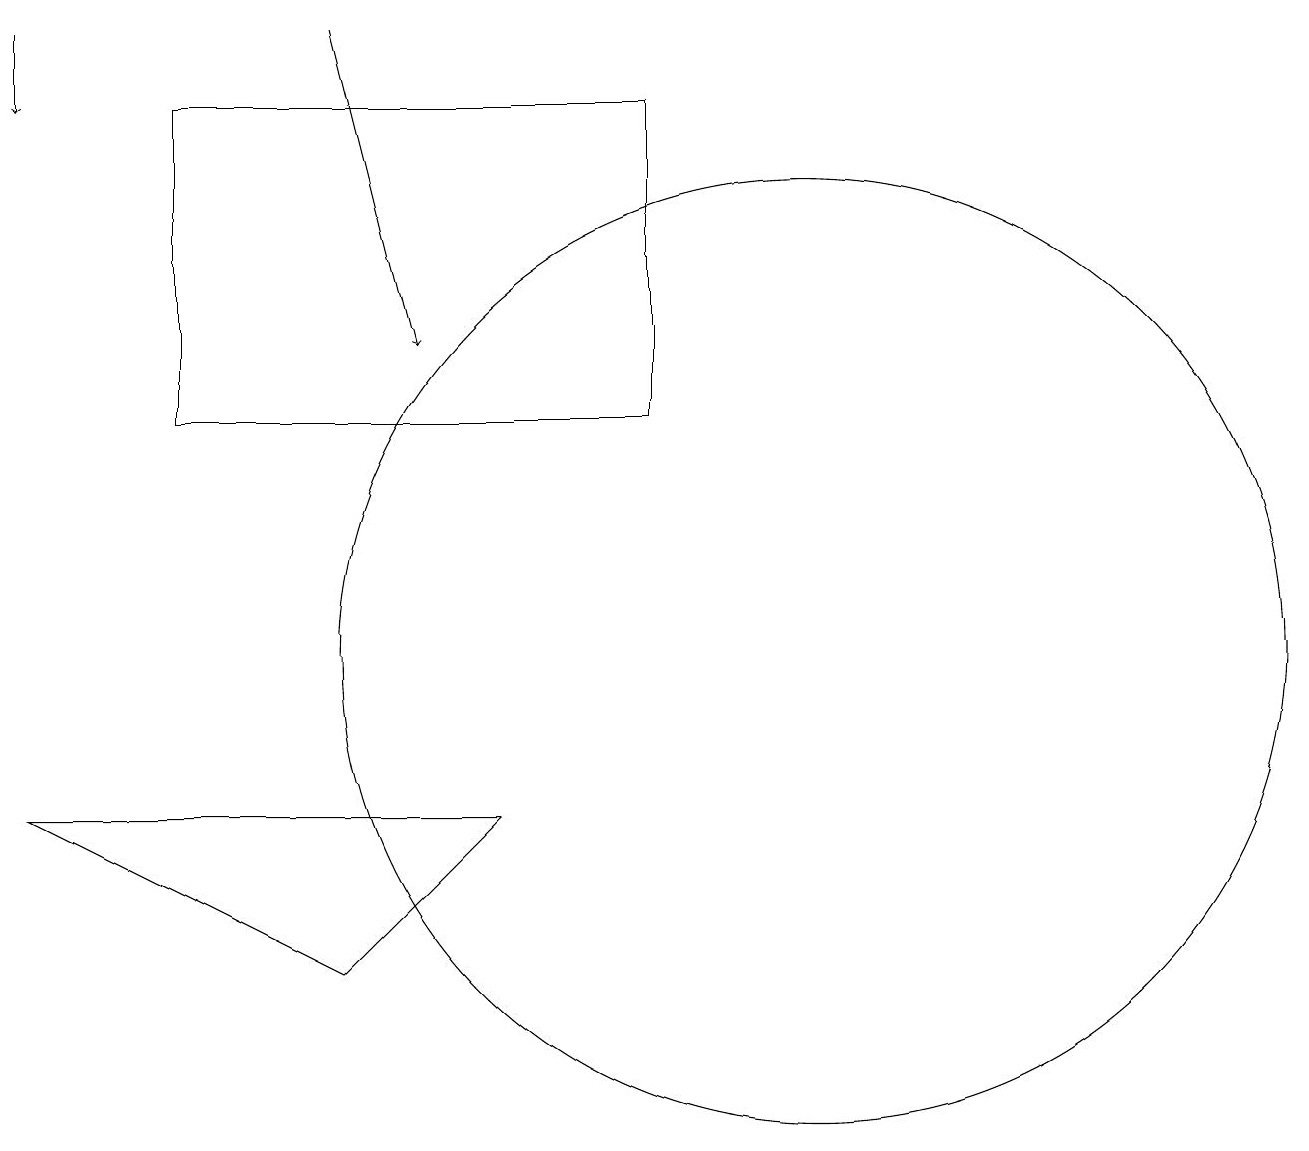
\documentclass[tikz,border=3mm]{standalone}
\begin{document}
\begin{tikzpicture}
\draw (0,8) -- (4,6) -- (6,8) -- cycle;
\draw[->] (4,18) -- (5,14);
\draw (2,13) rectangle (8,17);
\draw (10,10) circle (6);
\draw[->] (0,18) -- (0,17);
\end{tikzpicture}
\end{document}